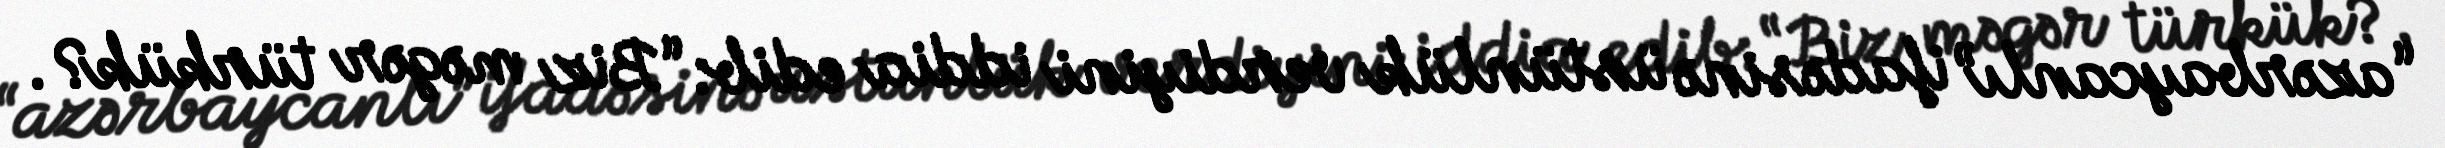
“azərbaycanlı” ifadəsinə üstünlük verdiyini iddia edib: “Biz məgər türkük?.